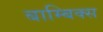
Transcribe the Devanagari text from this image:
बाम्बिक्स